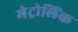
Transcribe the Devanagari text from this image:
मेट्रोलिंक